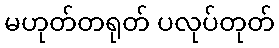
မဟုတ်တရုတ် ပလုပ်တုတ်